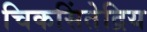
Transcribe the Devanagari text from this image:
चिकसिंतेद्रिय